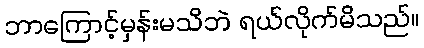
ဘာကြောင့်မှန်းမသိဘဲ ရယ်လိုက်မိသည်။